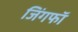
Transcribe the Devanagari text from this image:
जिंगफाॅ